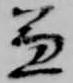
兼